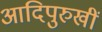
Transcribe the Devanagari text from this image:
आदिपुरुखीं